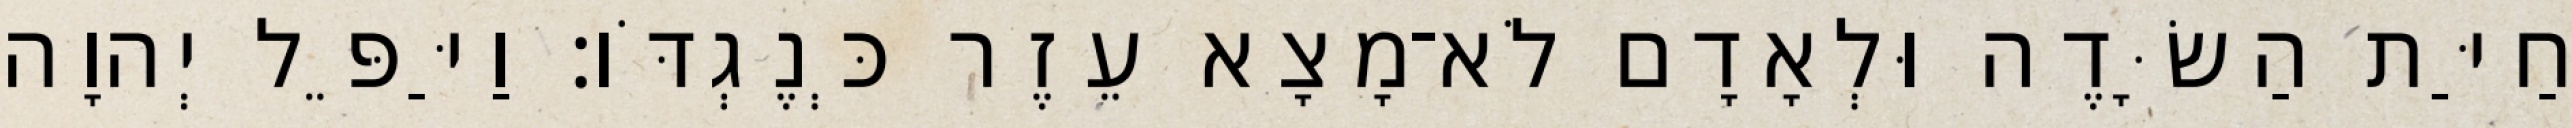
חַיַּת הַשָּׂדֶה וּלְאָדָם לֹא־מָצָא עֵזֶר כְּנֶגְדֹּו׃ וַיַּפֵּל יְהוָה